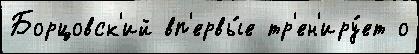
Борцовск'ий вп'ервы́е тр'ен'иру́ет о